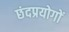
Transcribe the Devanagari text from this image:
छंदप्रयोगों